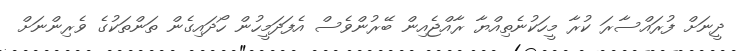
ދީނަށް ފުރައްސާރަ ކުރާ މީހަކުނެތިއްޔާ ރާއްޖެއިން ބޭރުންވެސް އެފަދަމީހުން ހޯދައިގެން ތަންތަކުގެ ވެރިންނަށް